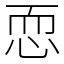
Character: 恧